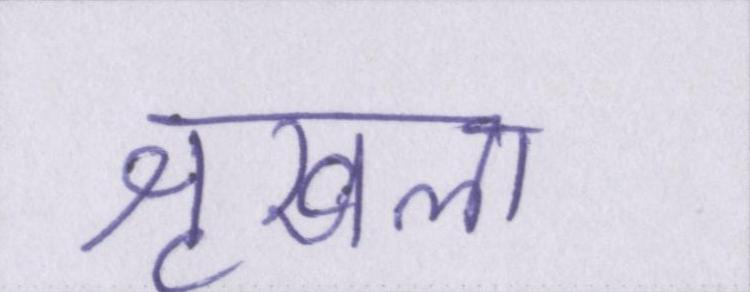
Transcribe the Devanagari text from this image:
शृखला